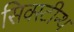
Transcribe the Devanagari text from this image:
सिक्स्टीन्थ